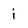
Character: j